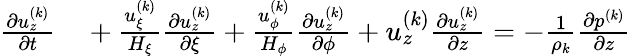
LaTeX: \begin{array}{r}{\begin{array}{rl}{\frac{\partial u_{z}^{(k)}}{\partial t}}&{{}+\frac{u_{\xi}^{(k)}}{H_{\xi}}\frac{\partial u_{z}^{(k)}}{\partial\xi}+\frac{u_{\phi}^{(k)}}{H_{\phi}}\frac{\partial u_{z}^{(k)}}{\partial\phi}+u_{z}^{(k)}\frac{\partial u_{z}^{(k)}}{\partial z}=-\frac{1}{\rho_{k}}\frac{\partial p^{(k)}}{\partial z}}\end{array}}\end{array}